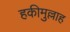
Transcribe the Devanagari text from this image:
हकीमुल्लाह